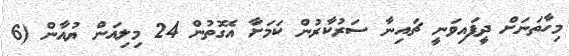
މިހާތަނަށް ދީފައިވަނީ ޗައިނާ ސަރުކާރުން ކަމަށާ އެގޮތުން 24 މިލިއަން ޔުއާން (6